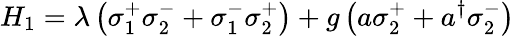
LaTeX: H_{1}=\lambda\left(\sigma_{1}^{+}\sigma_{2}^{-}+\sigma_{1}^{-}\sigma_{2}^{+}\right)+g\left(a\sigma_{2}^{+}+a^{\dagger}\sigma_{2}^{-}\right)